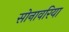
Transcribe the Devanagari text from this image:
सोनावरिया